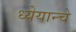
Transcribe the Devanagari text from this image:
ध्येयान्चे